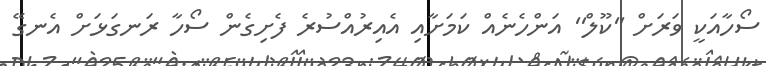
ސޯހާއަކީ ވަރަށް ''ކޫލް'' އަންހެނެއް ކަމަށާއި އެއިރުއްސުރެ ފެށިގެން ސޯހާ ރަނގަޅަށް އެނގޭ